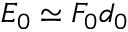
E _ { 0 } \simeq F _ { 0 } d _ { 0 }